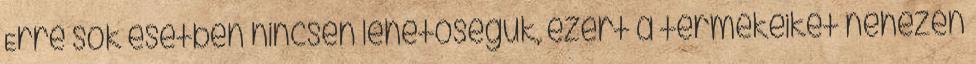
Erre sok esetben nincsen lehetőségük, ezért a termékeiket nehezen